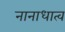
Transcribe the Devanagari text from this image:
नानाधात्व